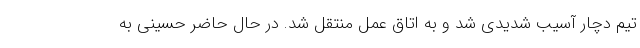
تیم دچار آسیب شدیدی شد و به اتاق عمل منتقل شد. در حال حاضر حسینی به